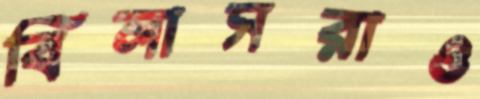
বিলাসরাও